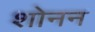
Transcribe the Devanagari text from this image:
शोनन